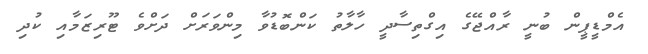
އެމްޑީޕީން ބުނީ ރާއްޖޭގެ އިގްތިސާދީ ހާލާތު ކަންބޮޑުވާ މިންވަރަށް ދަށްވެ ޓޫރިޒަމާއި ކުދި